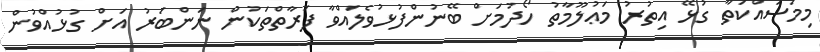
މިމަސައްކަތާ ގުޅޭ އިތުރު މަޢުލޫމާތު ހޯދުމަށް ބޭނުންފުޅުވެލައްވާ ފަރާތްތަކުން ނަންބަރު އަށް ގުޅުއްވުން